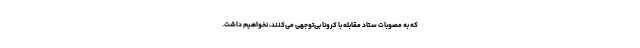
که به مصوبات ستاد مقابله با کرونا بی‌توجهی می‌کنند، نخواهیم داشت.